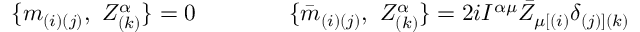
\{ m _ { ( i ) ( j ) } , \ Z _ { ( k ) } ^ { \alpha } \} = 0 \qquad \qquad \{ { \bar { m } } _ { ( i ) ( j ) } , \ Z _ { ( k ) } ^ { \alpha } \} = 2 i I ^ { \alpha \mu } { \bar { Z } } _ { \mu [ ( i ) } \delta _ { ( j ) ] ( k ) }